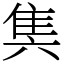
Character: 䧶